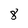
Character: 8